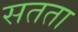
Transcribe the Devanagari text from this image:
सतता